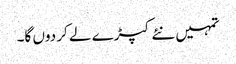
تمہیں نئے کپڑے لے کر دوں گا۔